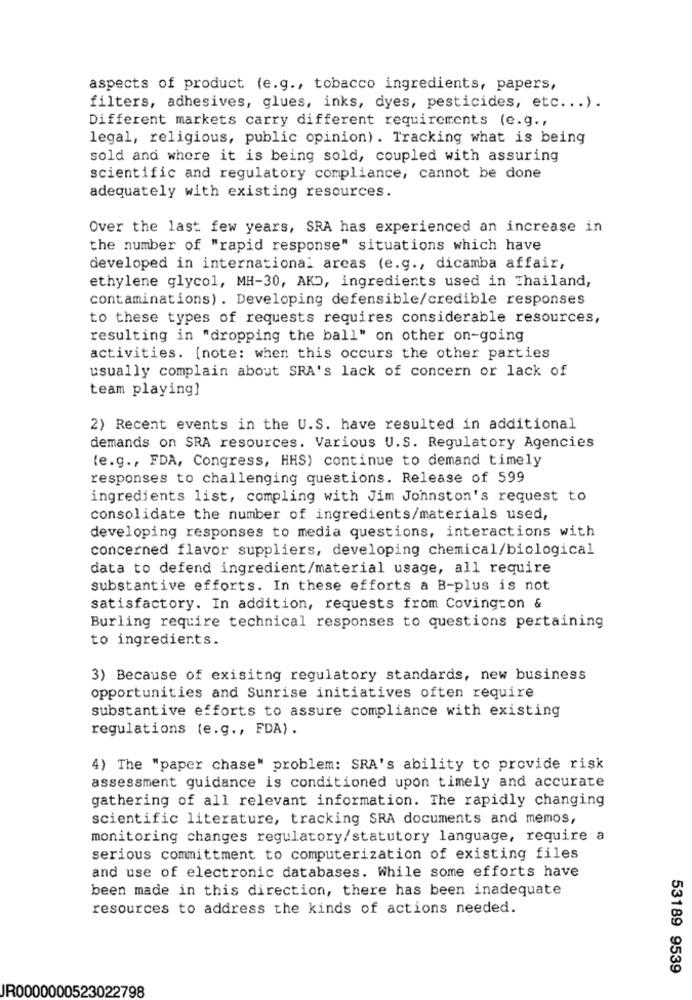
aspects of product (e.g ., tobacco ingredients, papers,
filters, adhesives, glues, inks, dyes, pesticides, etc ... ).
Different markets carry different requirements (e.g .,
legal, religious, public opinion) . Tracking what is being
sold and where it is being sold, coupled with assuring
scientific and regulatory compliance, cannot be done
adequately with existing resources.
Over the last few years, SRA has experienced an increase in
the number of "rapid response" situations which have
developed in international areas (e.g ., dicamba affair,
ethylene glycol, MH-30, AKD, ingredients used in Thailand,
contaminations). Developing defensible/credible responses
to these types of requests requires considerable resources,
resulting in "dropping the ball" on other on-going
activities. [note: when this occurs the other parties
usually complain about SRA's lack of concern or lack of
team playing]
2) Recent events in the U.S. have resulted in additional
demands on SRA resources. Various U.S. Regulatory Agencies
(e.g ., FDA, Congress, HHS) continue to demand timely
responses to challenging questions. Release of 599
ingredients list, compling with Jim Johnston's request to
consolidate the number of ingredients/materials used,
developing responses to media questions, interactions with
concerned flavor suppliers, developing chemical/biological
data to defend ingredient/material usage, all require
substantive efforts. In these efforts a B-plus is not
satisfactory. In addition, requests from Covington &
Burling require technical responses to questions pertaining
to ingredients.
3) Because of exisitng regulatory standards, new business
opportunities and Sunrise initiatives often require
substantive efforts to assure compliance with existing
regulations (e.g ., FDA) .
4) The "paper chase" problem: SRA's ability to provide risk
assessment guidance is conditioned upon timely and accurate
gathering of all relevant information. The rapidly changing
scientific literature, tracking SRA documents and memos,
monitoring changes regulatory/statutory language, require a
serious committment to computerization of existing files
and use of electronic databases. While some efforts have
been made in this direction, there has been inadequate
resources to address the kinds of actions needed.
53189 9539
R0000000523022798